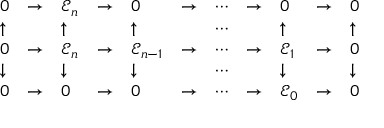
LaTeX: \begin{array} { l l l l l l l l l l l } { 0 } & { \to } & { { \mathcal { E } } _ { n } } & { \to } & { 0 } & { \to } & { \cdots } & { \to } & { 0 } & { \to } & { 0 } \\ { \uparrow } & { } & { \uparrow } & { } & { \uparrow } & { } & { \cdots } & { } & { \uparrow } & { } & { \uparrow } \\ { 0 } & { \to } & { { \mathcal { E } } _ { n } } & { \to } & { { \mathcal { E } } _ { n - 1 } } & { \to } & { \cdots } & { \to } & { { \mathcal { E } } _ { 1 } } & { \to } & { 0 } \\ { \downarrow } & { } & { \downarrow } & { } & { \downarrow } & { } & { \cdots } & { } & { \downarrow } & { } & { \downarrow } \\ { 0 } & { \to } & { 0 } & { \to } & { 0 } & { \to } & { \cdots } & { \to } & { { \mathcal { E } } _ { 0 } } & { \to } & { 0 } \end{array}